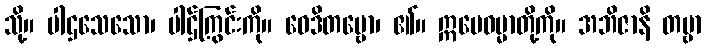
သို့။ ပါဌသေသော၊ ပါဌ်ကြွင်းကို။ ဝေဒိတဗ္ဗော၊ ၏။ ဣမေဓမ္မာတို့ကို။ အဘိဇာနိ တဗ္ဗာ